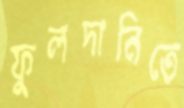
ফুলদানিতে